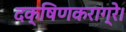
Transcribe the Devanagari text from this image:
दक्षिणकराग्रे।